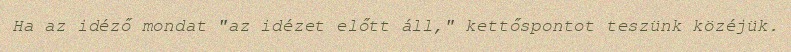
Ha az idéző mondat "az idézet előtt áll," kettőspontot teszünk közéjük.